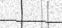
٨٨